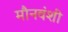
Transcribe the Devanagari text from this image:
मौनवंशी